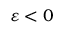
\varepsilon < 0